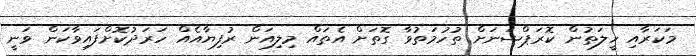
މަކަރާއި ހީލަތުން ކޮރަޕްޝަނަށް ތުހުމަތުވާ ގޮތަށް އެތައް މިލިއަން ރުފިޔާއެއް ހަރަދުކޮށްފައިވާކަން ވަނީ